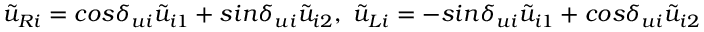
\tilde { u } _ { R i } = c o s \delta _ { u i } \tilde { u } _ { i 1 } + s i n \delta _ { u i } \tilde { u } _ { i 2 } , ~ \tilde { u } _ { L i } = - s i n \delta _ { u i } \tilde { u } _ { i 1 } + c o s \delta _ { u i } \tilde { u } _ { i 2 }